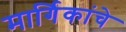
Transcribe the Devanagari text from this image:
मार्गिकांचे